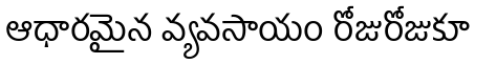
ఆధారమైన వ్యవసాయం రోజురోజుకూ